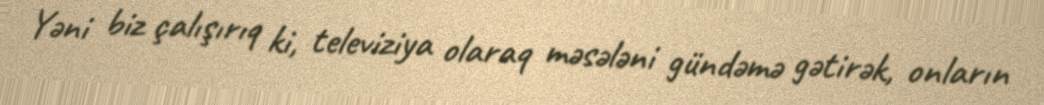
Yəni biz çalışırıq ki, televiziya olaraq məsələni gündəmə gətirək, onların